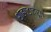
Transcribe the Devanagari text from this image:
शाहगडावरून